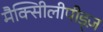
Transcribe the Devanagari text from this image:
मैक्सीिलीपीड्ज़